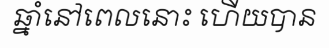
ឆ្នាំនៅពេលនោះ ហើយបាន